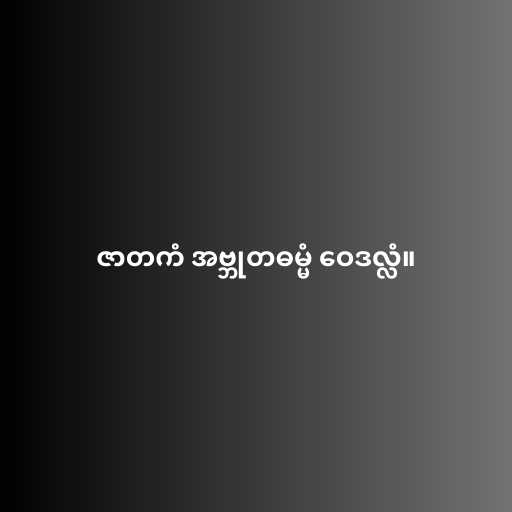
ဇာတကံ အဗ္ဘုတဓမ္မံ ဝေဒလ္လံ။